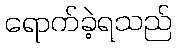
ရောက်ခဲ့ရသည်